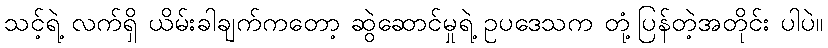
သင့်ရဲ့ လက်ရှိ ယိမ်းခါချက်ကတော့ ဆွဲဆောင်မှုရဲ့ ဥပဒေသက တုံ့ပြန်တဲ့အတိုင်း ပါပဲ။